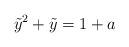
LaTeX: \begin{align*} \tilde{y}^2+\tilde{y}=1+a \end{align*}